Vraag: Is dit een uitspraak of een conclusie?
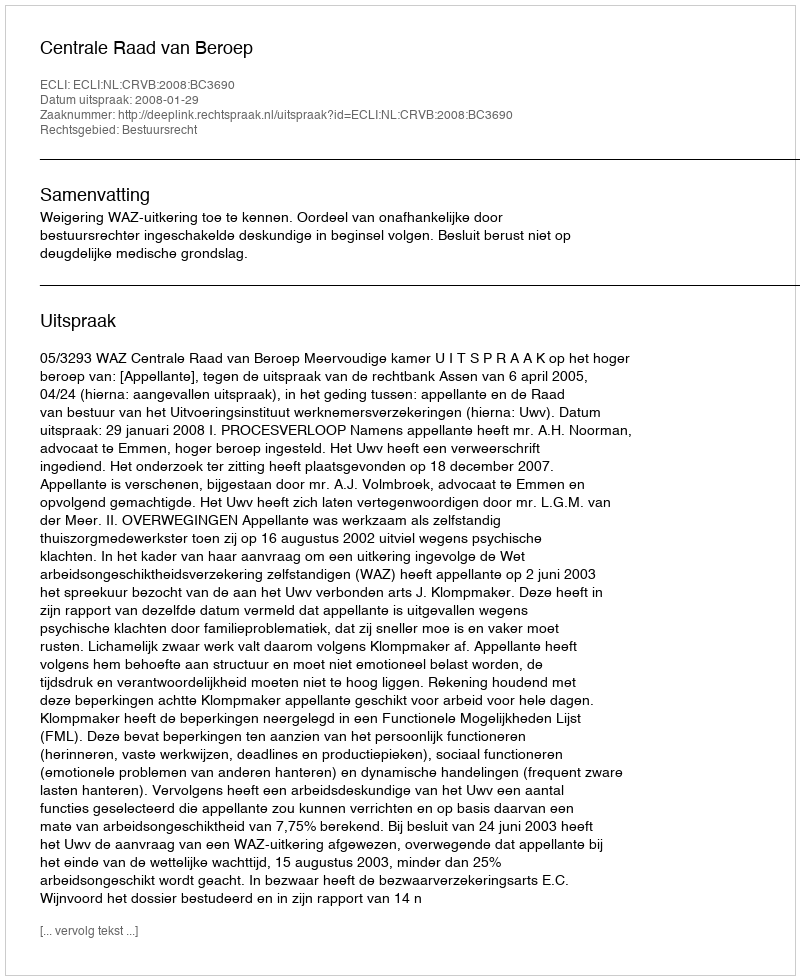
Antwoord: Uitspraak